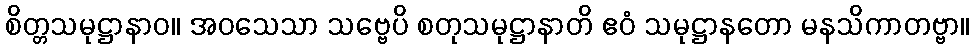
စိတ္တသမုဋ္ဌာနာဝ။ အဝသေသာ သဗ္ဗေပိ စတုသမုဋ္ဌာနာတိ ဧဝံ သမုဋ္ဌာနတော မနသိကာတဗ္ဗာ။